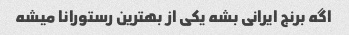
اگه برنج ایرانی بشه یکی از بهترین رستورانا میشه